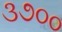
૩૭૦૦